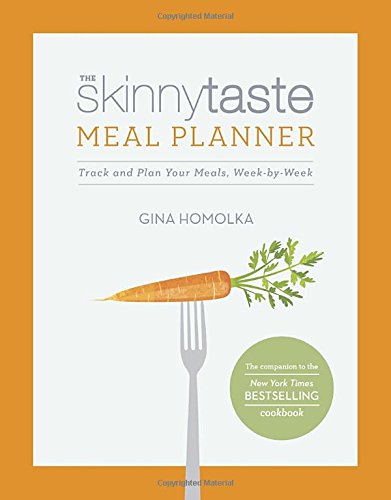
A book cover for The Skinnytaste Meal Planner: Track and Plan Your Meals, Week-by-Week; Gina Homolka; Cookbooks, Food & Wine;